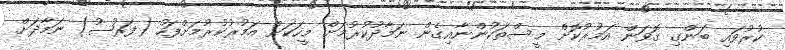
ކުރުވައި ބަންގި ގޮވަން އަމުރުކޮށް މީސްތަކުންނާއިގެން ނަމާދުކުރުމަށް މީހަކަށް އަމުރުކުރުމަށްފަހު (ފަރުޟު) ނަމާދަށް